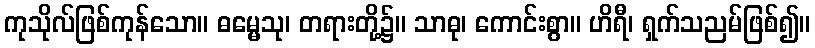
ကုသိုလ်ဖြစ်ကုန်သော။ ဓမ္မေသု၊ တရားတို့၌။ သာဓု၊ ကောင်းစွာ။ ဟိရီ၊ ရှက်သညမ်ဖြစ်၍။